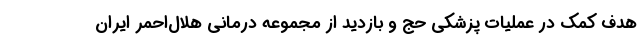
هدف کمک در عملیات پزشکی حج و بازدید از مجموعه درمانی هلال‌احمر ایران